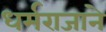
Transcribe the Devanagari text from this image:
धर्मराजाने